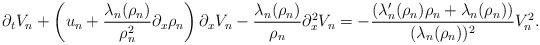
LaTeX: \begin{align*} \partial_{t} V_{n} + \left(u_{n} + \frac{\lambda_{n}(\rho_{n})}{\rho_{n}^{2}} \partial_{x}\rho_{n} \right) \partial_{x}V_{n} - \frac{\lambda_{n}(\rho_{n})}{\rho_{n}} \partial_{x}^{2}V_{n} = - \frac{(\lambda_{n}'(\rho_{n})\rho_{n} + \lambda_{n}(\rho_{n}))}{(\lambda_{n}(\rho_{n}))^{2}}V_{n}^{2}. \end{align*}